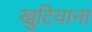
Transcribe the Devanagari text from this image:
खुटियाना